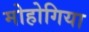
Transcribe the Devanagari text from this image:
मोहोगिया